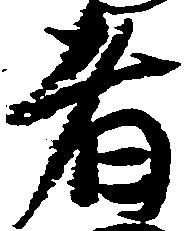
者